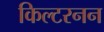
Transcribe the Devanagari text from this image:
किल्टरनन